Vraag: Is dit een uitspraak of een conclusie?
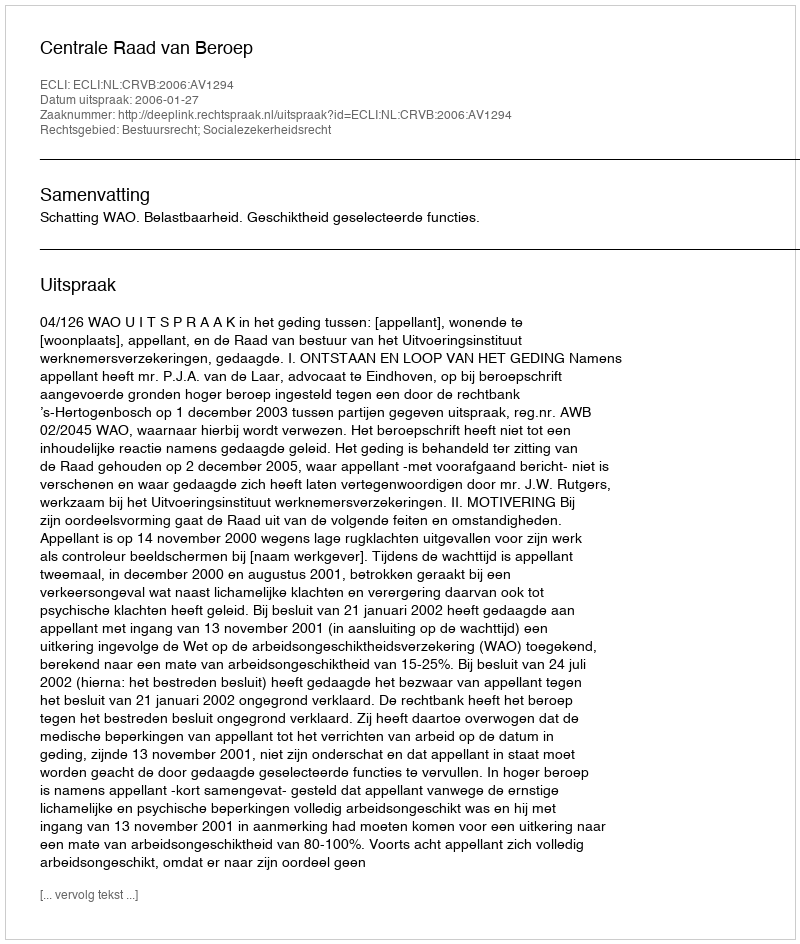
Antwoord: Uitspraak